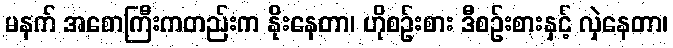
မနက် အစောကြီးကတည်းက နိုးနေတာ၊ ဟိုစဉ်းစား ဒီစဉ်းစားနှင့် လှဲနေတာ၊